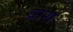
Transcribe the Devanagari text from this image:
व्रास